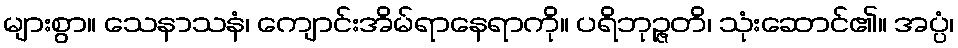
များစွာ။ သေနာသနံ၊ ကျောင်းအိမ်ရာနေရာကို။ ပရိဘုဉ္ဇတိ၊ သုံးဆောင်၏။ အပ္ပံ၊